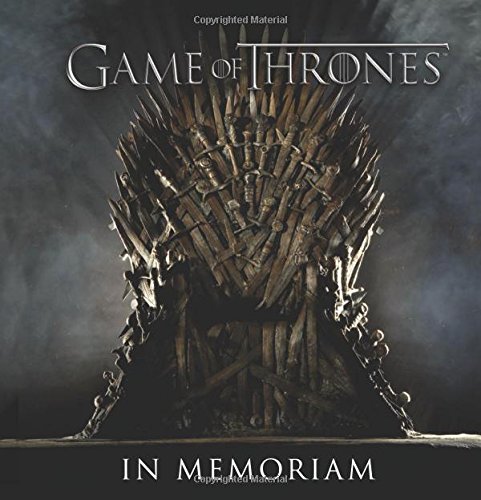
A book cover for Game of Thrones: In Memoriam; Humor & Entertainment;